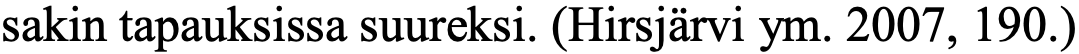
sakin tapauksissa suureksi. (Hirsjärvi ym. 2007, 190.)